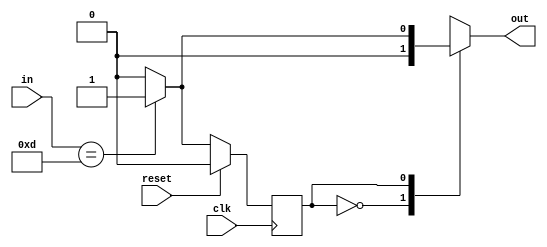
module reduce (clk, reset, in, out);
 input clk, reset; 
 output out;
 input [3:0] in;
 reg out; 
 reg state; // state register
 reg next_state;
 parameter zero = 0, one = 1;
 
 always @(in or state)
	case (state)
		zero: begin // last input was a zero
			if (in==4'b1101) next_state = one;
			else next_state = zero;
			out = 0;
		end
	one: // we've seen one 1
		if (in==4'b1101) begin
			next_state = one;
			out = 1;
		end
		else begin
			next_state = zero;
			out = 0;
			end
	endcase
 always @(posedge clk)
	if (reset) state <= zero;
	else state <= next_state;
 endmodule